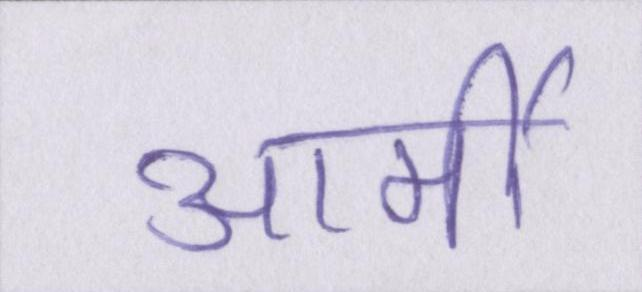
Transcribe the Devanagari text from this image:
आर्मी